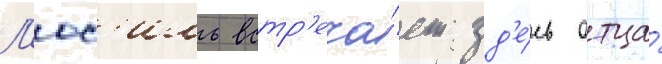
Л'юс'иль встр'еча́ет зд'е́сь отца́